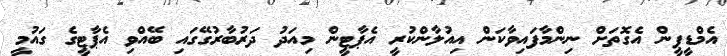
އެމްޑީޕީން އެގޮތަށް ނިންމާފައިވާކަން އިއުލާންކުރީ އެޕާޓީން މިއަދު ދަރުބާރުގޭގައި ބޭއްވި އެޕާޓީގެ ގައުމީ